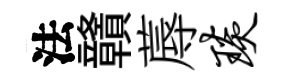
法贛蓐琰